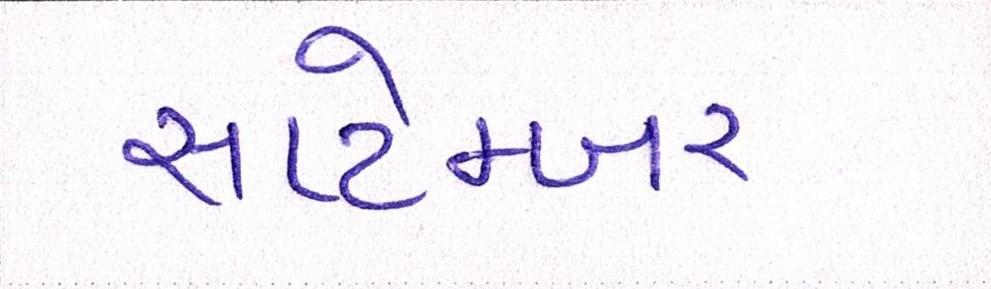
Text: સપ્ટેમ્બર